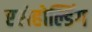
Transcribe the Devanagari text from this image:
एरोहोल्डिंग